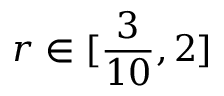
r \in [ \frac { 3 } { 1 0 } , 2 ]